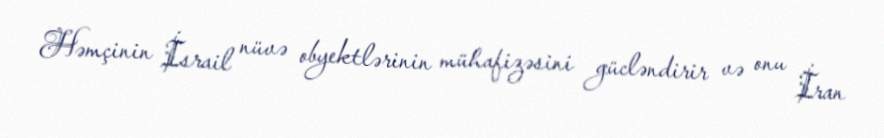
Həmçinin İsrail nüvə obyektlərinin mühafizəsini gücləndirir və onu İran